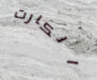
الكارت